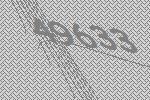
49633